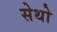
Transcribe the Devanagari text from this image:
सेथो